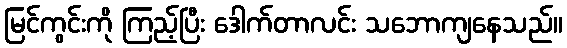
မြင်ကွင်းကို ကြည့်ပြီး ဒေါက်တာလင်း သဘောကျနေသည်။